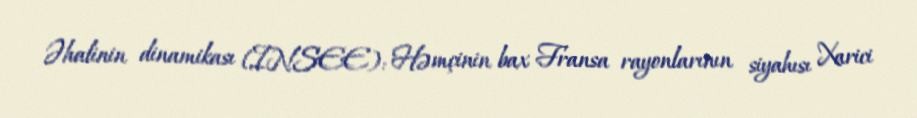
Əhalinin dinamikası (INSEE): Həmçinin bax Fransa rayonlarının siyahısı Xarici